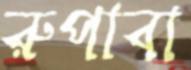
রুপাবা